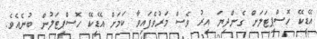
އޭޑީކޭ ހޮސްޕިޓަލަށް ގެންދިޔަ އިރު ވެސް މަރުވެފައިވާ ކަމަށް އޭޑީކޭ ހޮސްޕިޓަލުން ބުނެއެވެ.